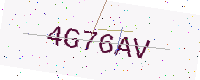
Text: 4G76AV